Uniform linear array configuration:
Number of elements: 12
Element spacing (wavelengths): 0.25
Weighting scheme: hann
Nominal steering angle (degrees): -15
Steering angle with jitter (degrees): -13.406
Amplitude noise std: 0.05
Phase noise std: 0.05

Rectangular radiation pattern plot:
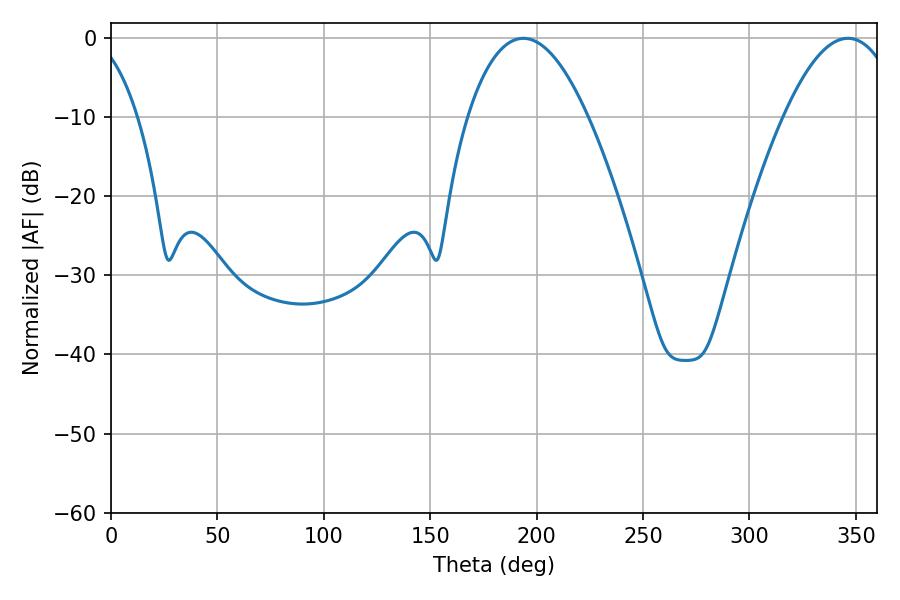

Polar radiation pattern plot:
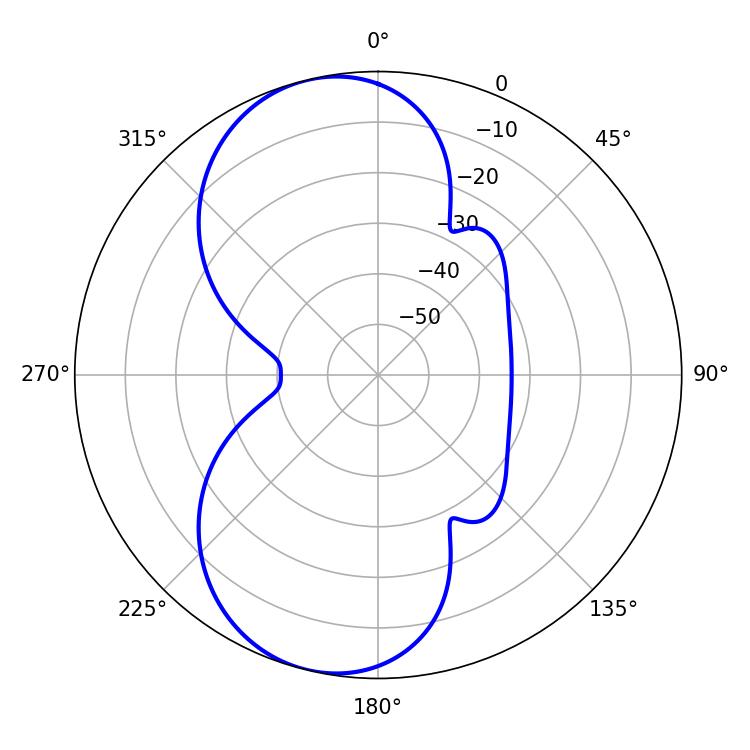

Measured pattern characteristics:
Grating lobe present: FALSE
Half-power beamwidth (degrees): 31.14
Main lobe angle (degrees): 193.68